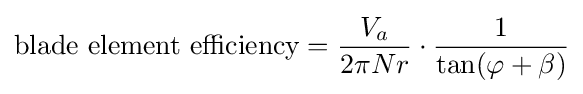
{\mbox{blade element efficiency}}={\frac {V_{a}}{2\pi Nr}}\cdot {\frac {1}{\tan(\varphi +\beta )}}